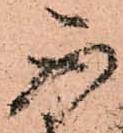
不